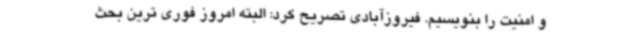
و امنیت را بنویسیم. فیروزآبادی تصریح کرد: البته امروز فوری ترین بحث